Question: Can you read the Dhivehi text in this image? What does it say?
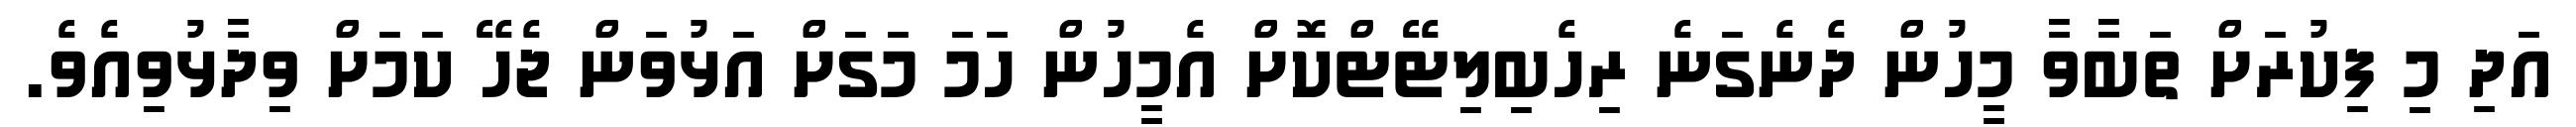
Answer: އަދި މި ފިކުރަށް ތަބާވާ މީހުން ދެނެގަނެ ރިހެބިލިޓޭޓްކޮށް އެމީހުން ހަމަ މަގަށް އަޅުވަން ޖެހޭ ކަމަށް ވިދާޅުވިއެވެ.